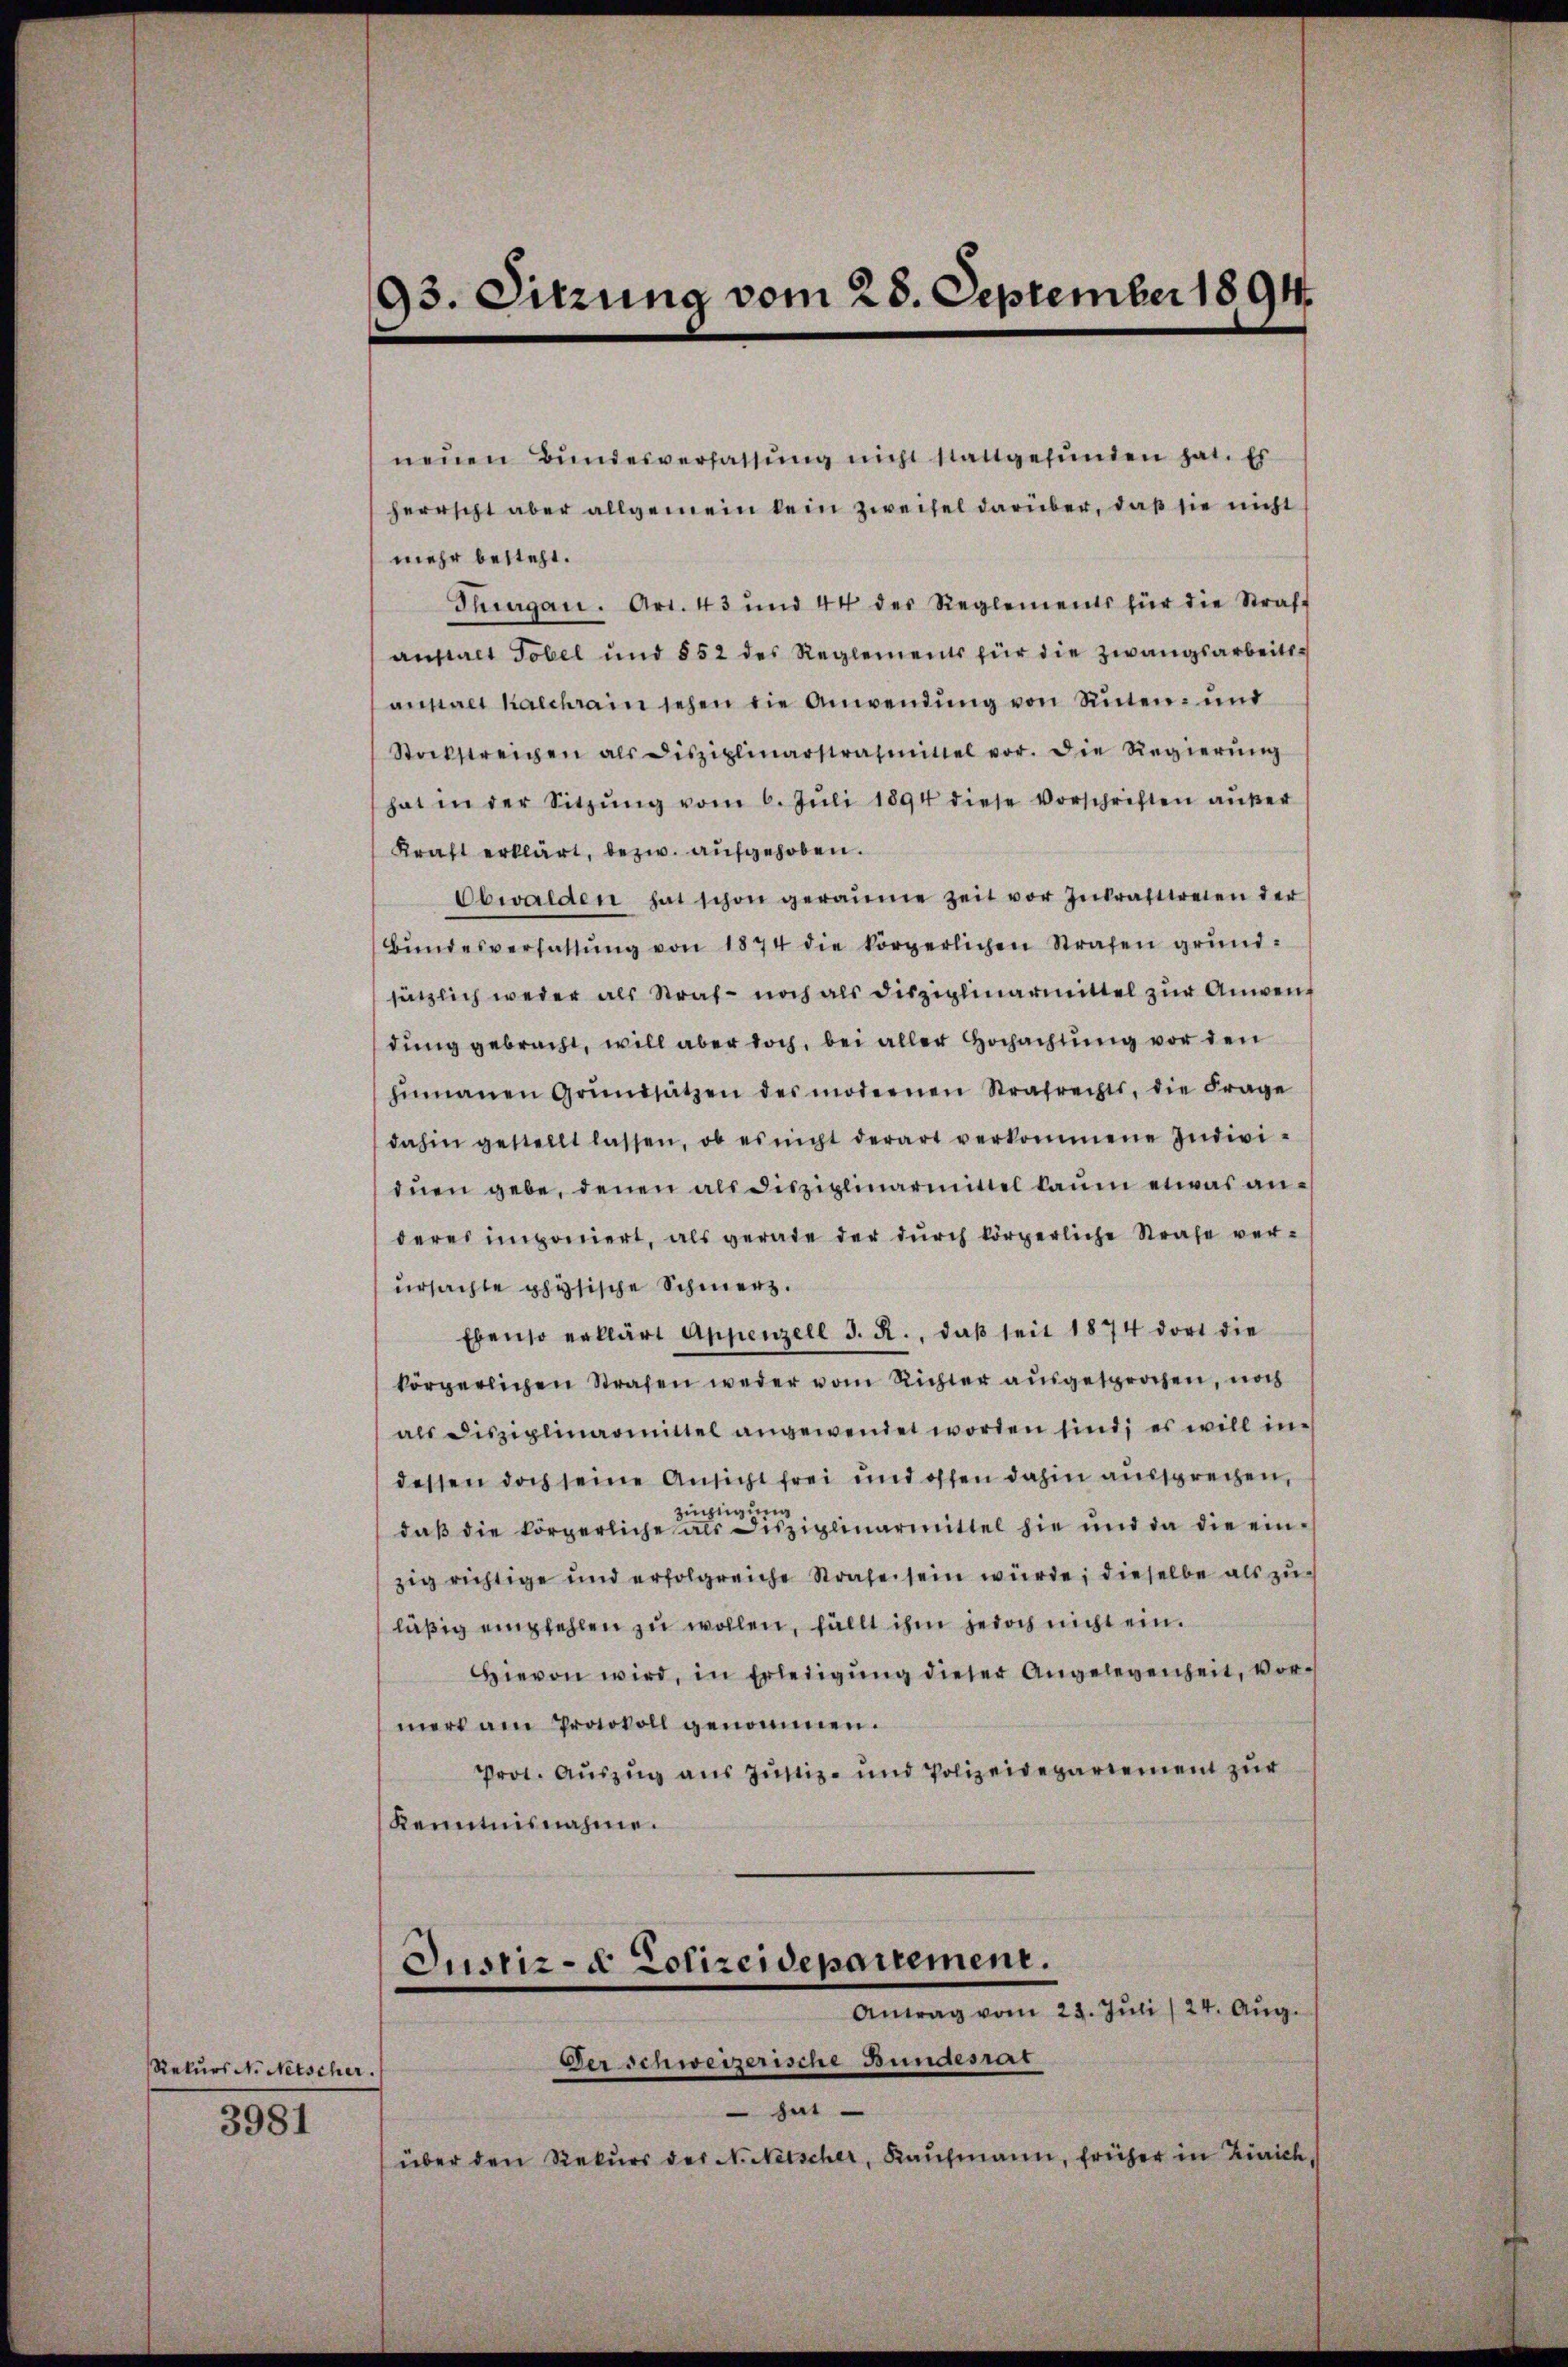
Rekurs N. Netscher.
3981

neŭen Bundesverfassŭng nicht stattgefŭnden hat. Es
herrscht aber allgemein kein Zweifel darüber, daß sie nicht
mehr besteht.
Thurgau. Art. 43 und 44 der Reglements für die Straff
anstalt Tobel und 852 des Reglements für die Zwangsarbeitsanstalt Kalchrain sehen die Anwendung von Suten- und
Stockstreichen als Disziplinarstrafmittel vor. Die Regierŭng
hat in der Sitzŭng vom 6. Jŭli 1894 diese Vorschriften aŭβer
Kraft erklärt, bezw. aufgehoben.
Obwalden hat schon geräume Zeit vor Inkrafttreten der
bŭndesverhaltŭng von 1874 die körperlichen Strafen grund-
sätzlich weder als Straf- noch als disziplinarmittel zŭr Anwendung gebracht, will aber doch, bei aller Hochachtung vor den
hinauen Grundsätzen des modernen Strafrechts, die Frage
dahin gestellt lassen, ob es nicht derart verkommene Individuen gebe, denen als disziplinarmittel kaum etwas anderes imponiert, als gerade der durch körperliche Strafe verursachte physische Schmerz.
Ebenso erklärt Appenzell I. R., daβ seit 1874 dort die
körperlichen Strafen weder vom Richter ausgesprochen, noch
als Disziplinarmittel angewendet worden sind; es will in
dessen doch seine Ansicht frei und offen dahin aussprechen,
rüchtigung
daβ die körperliche als Disziplinarmittel hie und da die ein-
zig richtige und erfolgreiche Strafe sein würde; dieselbe als zuläßig empfehlen zu wollen, fällt ihm jedoch nicht ein.
Hievon wird, in Erledigŭng dieser Angelegenheit, vormert am Protokoll genommen.
Prot. Auszug aus Justiz- und Polizeidepartement zur
Kenntnisnahme.

93. Sitzung vom 28. September 1894.

Justiz- & Polizeidepartement.
Antrag vom 29. Jŭli / 24. Aŭg.
Ger schweizerische Bundesrat

sei
über den Rekŭrs der N. Netscher, Kaufmann, früher in Zürich,